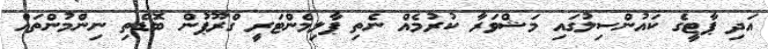
އަދި ޕާޓީގެ ކައުންސިލުގައި މަޝްވަރާ ކުރުމެއް ނެތި ޕާލިމެންޓަރީ ގްރޫޕުން ބޮޑެތި ނިންމުންތައް